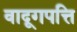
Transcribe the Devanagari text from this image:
वादूगपत्ति